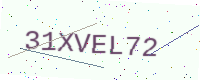
Text: 31XVEL72